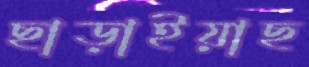
ছাড়াইয়াছ